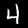
Digit: 4